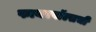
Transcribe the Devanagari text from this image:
फायरवॉल्सची